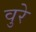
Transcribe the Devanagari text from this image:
वुरे